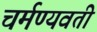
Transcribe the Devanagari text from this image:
चर्मण्यवती